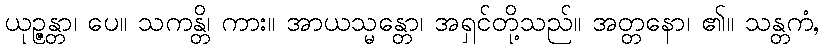
ယုဉ္ဇန္တာ၊ ပေ။ သကန္တိ၊ ကား။ အာယသ္မန္တော၊ အရှင်တို့သည်။ အတ္တနော၊ ၏။ သန္တကံ,